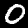
Label: 0